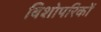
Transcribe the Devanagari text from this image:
बिशोपरिकों